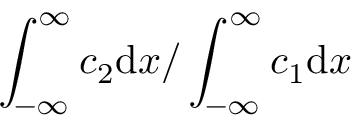
\int _ { - \infty } ^ { \infty } c _ { 2 } \mathrm { d } x / \int _ { - \infty } ^ { \infty } c _ { 1 } \mathrm { d } x